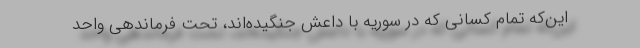
این‌که تمام کسانی که در سوریه با داعش جنگیده‌اند، تحت فرماندهی واحد